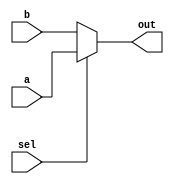
module mux_13(a,b,sel,out); //0-->a,1-->b

input [12:0]a,b;
input sel;

output [12:0]out;
wire [12:0]out;

assign out=sel?a:b;

endmodule